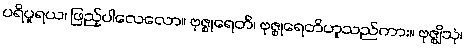
ပရိပူရယ၊ ဖြည့်ပါလေလော။ ဗုဇ္စုရေတိ၊ ဗုဇ္စုရေတိဟူသည်ကား။ ဗုဇ္ဈိသုံ၊